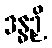
ဒန္ဓဉှိ